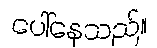
ပေါ်နေသည်။